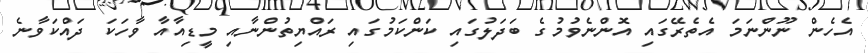
އެހެން ނޫންނަމަ އެތެރޭގައި އޮންނެވުމުގެ ބަދަލުގައި ކަންކަމުގައި ރައްޔިތުންނާއި މީޑިއާއާ ވާހަކަ ދައްކަވާނެ